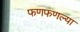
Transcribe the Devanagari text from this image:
फणफणल्या